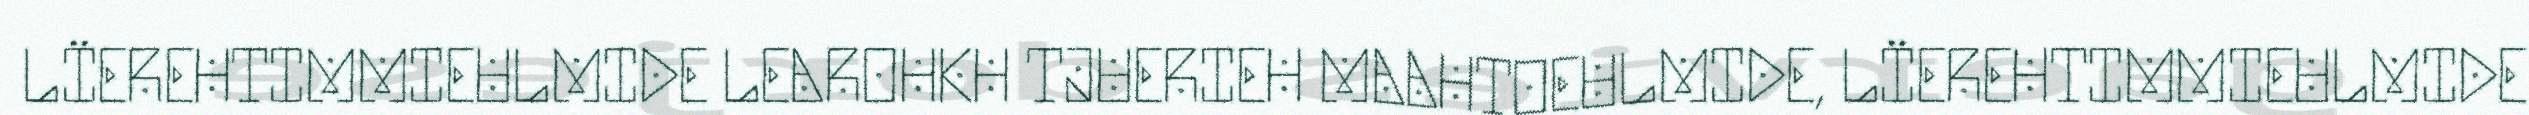
LÏEREHTIMMIEULMIDE LEAROHKH TJUERIEH MAAHTOEULMIDE, LÏEREHTIMMIEULMIDE